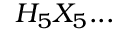
H _ { 5 } X _ { 5 } . . .